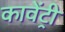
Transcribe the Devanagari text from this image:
कावेंट्री